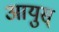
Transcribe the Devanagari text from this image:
आयुस्‌